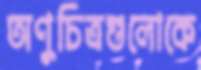
অণুচিত্রগুলোকে